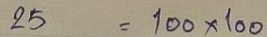
25 = 100 x 100